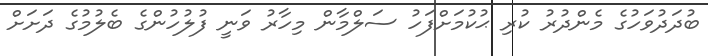
ބުދަދުވަހުގެ މެންދުރު ކުރި ޙުކުމަށްފަހު ސަލްމާން މިހާރު ވަނީ ފުލުހުންގެ ބެލުމުގެ ދަށަށް